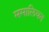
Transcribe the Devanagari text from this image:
ममालियन